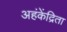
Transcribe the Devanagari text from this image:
अहंकेंद्रिता